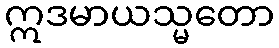
ဣဒမာယသ္မတော